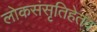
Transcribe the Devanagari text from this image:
लोकसंसृतिहेतव